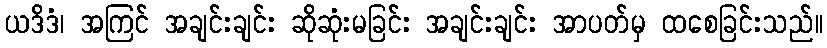
ယဒိဒံ၊ အကြင် အချင်းချင်း ဆိုဆုံးမခြင်း အချင်းချင်း အာပတ်မှ ထစေခြင်းသည်။